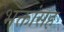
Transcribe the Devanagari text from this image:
भक्तांसह